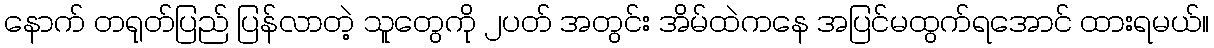
နောက် တရုတ်ပြည် ပြန်လာတဲ့ သူတွေကို ၂ပတ် အတွင်း အိမ်ထဲကနေ အပြင်မထွက်ရအောင် ထားရမယ်။